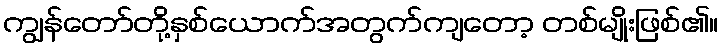
ကျွန်တော်တို့နှစ်ယောက်အတွက်ကျတော့ တစ်မျိုးဖြစ်၏။